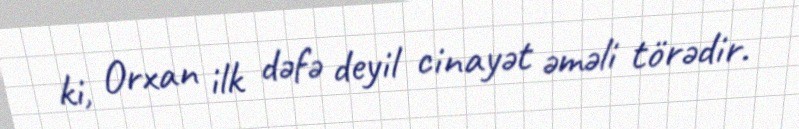
ki, Orxan ilk dəfə deyil cinayət əməli törədir.